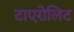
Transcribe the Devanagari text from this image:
टाएरोलिट